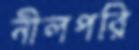
নীলপরি